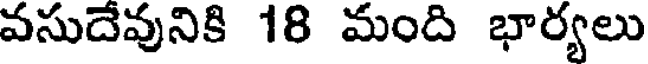
వసుదేవునికి 18 మంది భార్యలు